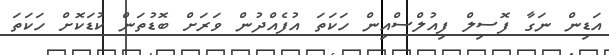
އަޑިން ނަގާ ފޮސިލް ފިއުލްސްއިން ހަކަތަ އުފެއްދުން ވަރަށް ބޮޑުތަން ކުޑަކޮށް ހަކަތަ